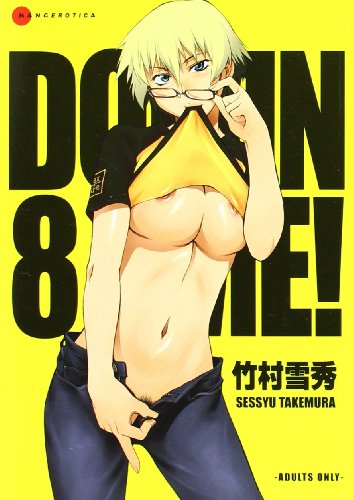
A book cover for Domin-8 Me!; Sessyu Takemura; Comics & Graphic Novels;